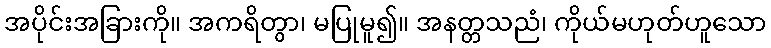
အပိုင်းအခြားကို။ အကရိတွာ၊ မပြုမူ၍။ အနတ္တသညံ၊ ကိုယ်မဟုတ်ဟူသော